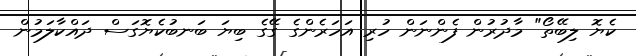
ކެޔޮ ލިބޭތޯ" މާދުރުން ފެންނަން ހުރި އަހަރެންގެ ގޭގެ ބިޔަ ބަނބުކެޔޮގަސް ދައްކާލަމުން